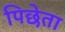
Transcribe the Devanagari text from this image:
पिछेता